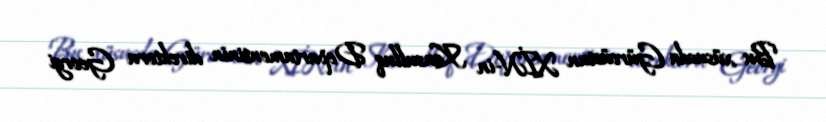
Bu xüsusda Gürcüstan XİN-in Konsulluq Departamentinin direktoru Georgi